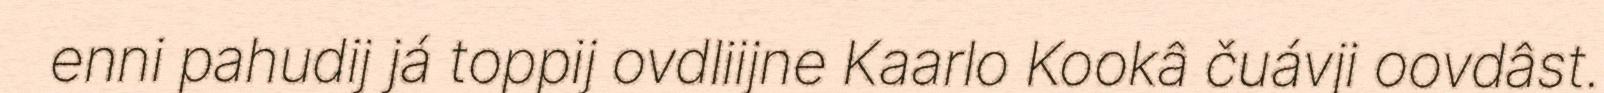
enni pahudij já toppij ovdliijne Kaarlo Kookâ čuávji oovdâst.